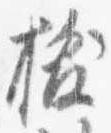
抜